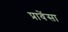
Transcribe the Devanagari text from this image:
प्रावेंसा